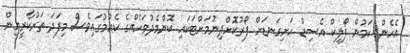
އެހެން ކަމުން ފޯލިކް އެސިޑް ހަށިގަނޑަށް ފޯރުކޮށްދިނުމަށްޓަކައި ކޮންމެދުވަހެއްގެ ކެއުމުގައިވެސް މިފަދަ ތަރުކާރީއިން